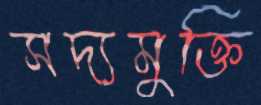
সদ্যমুক্তি